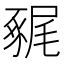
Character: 𧱧